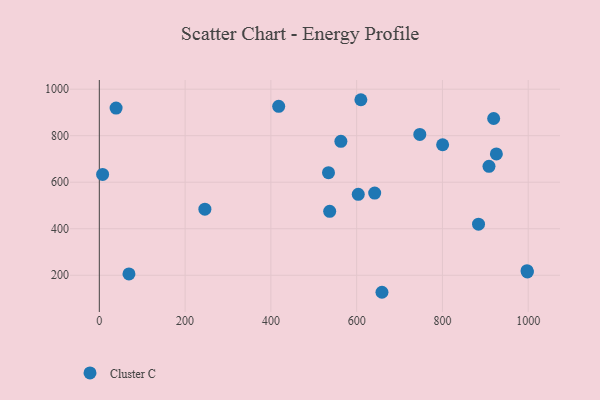
{"axis": {"x": "Experience", "y": "Sales"}, "legend": ["Cluster C"], "data": [{"x": "418.2", "y": 926.2, "type": "Cluster C"}, {"x": "925.7", "y": 721.7, "type": "Cluster C"}, {"x": "603.7", "y": 547.7, "type": "Cluster C"}, {"x": "884.1", "y": 419.7, "type": "Cluster C"}, {"x": "246.1", "y": 484.1, "type": "Cluster C"}, {"x": "609.8", "y": 954.6, "type": "Cluster C"}, {"x": "7.7", "y": 633.6, "type": "Cluster C"}, {"x": "534.3", "y": 640.8, "type": "Cluster C"}, {"x": "747.2", "y": 805.3, "type": "Cluster C"}, {"x": "563.2", "y": 775.7, "type": "Cluster C"}, {"x": "642.0", "y": 553.1, "type": "Cluster C"}, {"x": "998.0", "y": 213.9, "type": "Cluster C"}, {"x": "800.4", "y": 761.1, "type": "Cluster C"}, {"x": "919.4", "y": 873.9, "type": "Cluster C"}, {"x": "997.2", "y": 219.6, "type": "Cluster C"}, {"x": "69.1", "y": 205.9, "type": "Cluster C"}, {"x": "537.1", "y": 474.8, "type": "Cluster C"}, {"x": "659.0", "y": 126.8, "type": "Cluster C"}, {"x": "908.5", "y": 668.4, "type": "Cluster C"}, {"x": "39.1", "y": 918.6, "type": "Cluster C"}]}